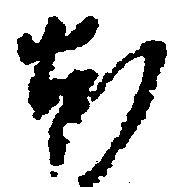
ほ